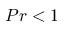
P r < 1